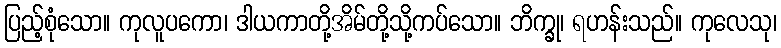
ပြည့်စုံသော။ ကုလူပကော၊ ဒါယကာတို့အိမ်တို့သို့ကပ်သော။ ဘိက္ခု၊ ရဟန်းသည်။ ကုလေသု၊